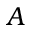
A